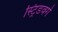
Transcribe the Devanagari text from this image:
स्ट्रिडवर्ग